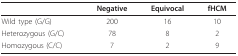
<table><thead><tr><td></td><td><b>Negative</b></td><td><b>Equivocal</b></td><td><b>fHCM</b></td></tr></thead><tbody><tr><td>Wild type (G/G)</td><td>200</td><td>16</td><td>10</td></tr><tr><td>Heterozygous (G/C)</td><td>78</td><td>8</td><td>2</td></tr><tr><td>Homozygous (C/C)</td><td>7</td><td>2</td><td>9</td></tr></tbody></table>